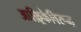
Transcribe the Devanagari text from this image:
आफ़्रिकेविरूद्ध